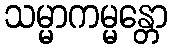
သမ္မာကမ္မန္တော